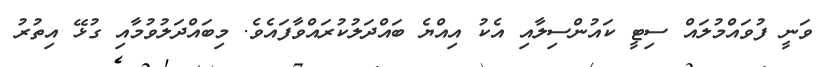
ވަނީ ފުވައްމުލައް ސިޓީ ކައުންސިލާއި އެކު އިއްޔެ ބައްދަލުކުރައްވާފައެވެ. މިބައްދަލުވުމާއި ގުޅޭ އިތުރު